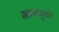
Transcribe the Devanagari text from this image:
माचापुछरे